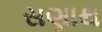
સણાથ